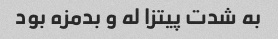
به شدت پیتزا له و بدمزه بود